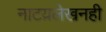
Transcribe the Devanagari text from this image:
नाटय़लेखनही